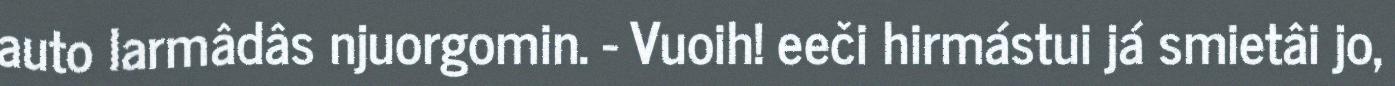
auto larmâdâs njuorgomin. - Vuoih! eeči hirmástui já smietâi jo,